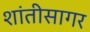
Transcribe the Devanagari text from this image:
शांतीसागर